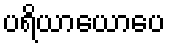
ပရိယာယောပေ